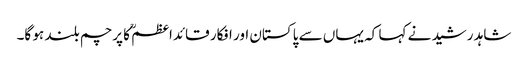
شاہد رشید نے کہا کہ یہاں سے پاکستان اور افکار قائداعظمؒ کا پرچم بلند ہو گا۔